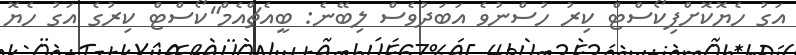
އަގު ހެޔޮކޮށްފިކޯސްޓް ކިރު ހުސްނުވެ އަބަދުވެސް ލިބޭނެ: ބީއެޗްއެމް"ކޯސްޓް ކިރުގެ އަގު ހެޔޮ